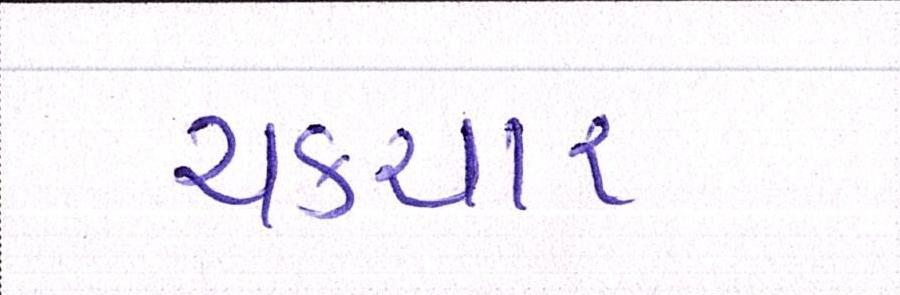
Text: ચકચાર